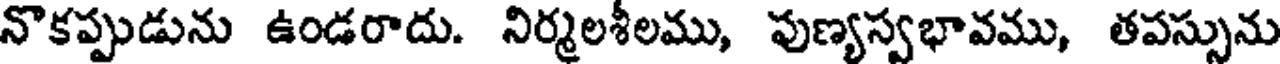
నొకప్పుడును ఉండరాదు. నిర్మలశీలము, పుణ్యస్వభావము, తపస్సును